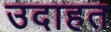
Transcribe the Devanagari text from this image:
उदाहत